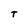
Character: T